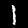
Label: 1